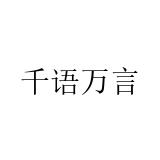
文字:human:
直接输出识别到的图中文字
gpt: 千语万言